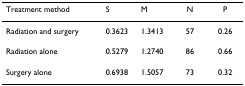
<table><thead><tr><td><b>Treatment method</b></td><td><b>S</b></td><td><b>M</b></td><td><b>N</b></td><td><b>P</b></td></tr></thead><tbody><tr><td>Radiation and surgery</td><td>0.3623</td><td>1.3413</td><td>57</td><td>0.26</td></tr><tr><td>Radiation alone</td><td>0.5279</td><td>1.2740</td><td>86</td><td>0.66</td></tr><tr><td>Surgery alone</td><td>0.6938</td><td>1.5057</td><td>73</td><td>0.32</td></tr></tbody></table>